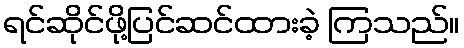
ရင်ဆိုင်ဖို့ပြင်ဆင်ထားခဲ့ ကြသည်။